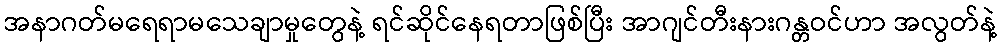
အနာဂတ်မရေရာမသေချာမှုတွေနဲ့ ရင်ဆိုင်နေရတာဖြစ်ပြီး အာဂျင်တီးနားဂန္တဝင်ဟာ အလွတ်နဲ့